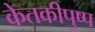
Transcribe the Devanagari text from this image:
केतकीपुष्प